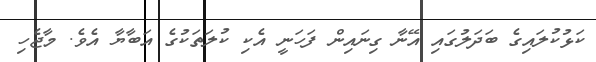
ކަޅުކުލައިގެ ބަދަލުގައި އޭނާ ގިނައިން ފަހަނީ އެކި ކުލަތަކުގެ އަބާޔާ އެވެ. މާޖެހި